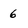
Character: 6